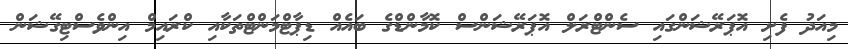
މިއަދު ފެށި އޮޕަރޭޝަންގައި ސެންޓްރަލް އޮޕަރޭޝަންސް ކޮމާންޑްގެ ބައެއް ޑިޕާޓްމަންޓްތަކާއި ކްރައިމް އިންވެސްޓިގޭޝަން